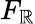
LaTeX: F_{\mathbb{R}}